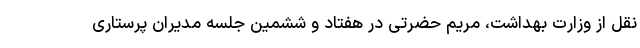
نقل از وزارت بهداشت، مریم حضرتی در هفتاد و ششمین جلسه مدیران پرستاری